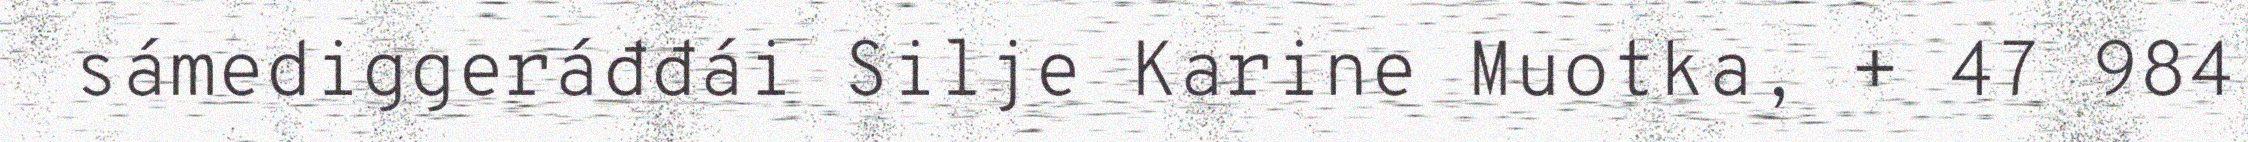
sámediggeráđđái Silje Karine Muotka, + 47 984